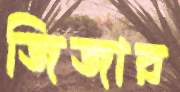
জিজার